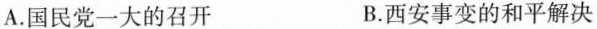
A.国民党一大的召开 B.西安事变的和平解决